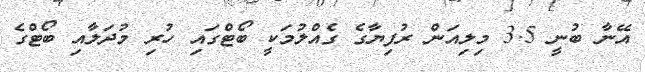
އޭނާ ބުނީ 3.5 މިލިއަން ރުފިޔާގެ ގެއްލުމަކީ ބޯޓްގައި ހުރި މުދަލާއި ބޯޓްގެ